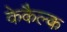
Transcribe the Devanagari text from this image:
केकैल्क